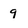
Character: 9